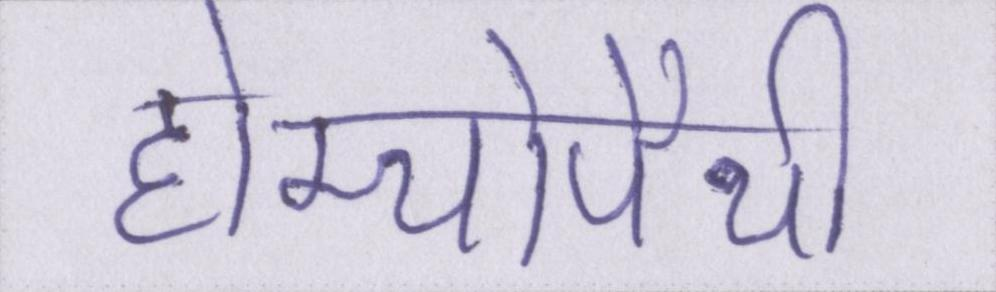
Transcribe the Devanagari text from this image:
होम्योपैथी